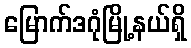
မြောက်ဒဂုံမြို့နယ်ရှိ